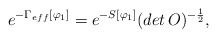
\begin{align*}e^{-\Gamma_{eff}[\varphi_{1}]}=e^{-S[\varphi_{1}]}(det\,O)^{-\frac{1}{2}},\end{align*}